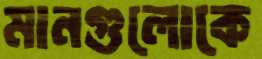
মানগুলোকে